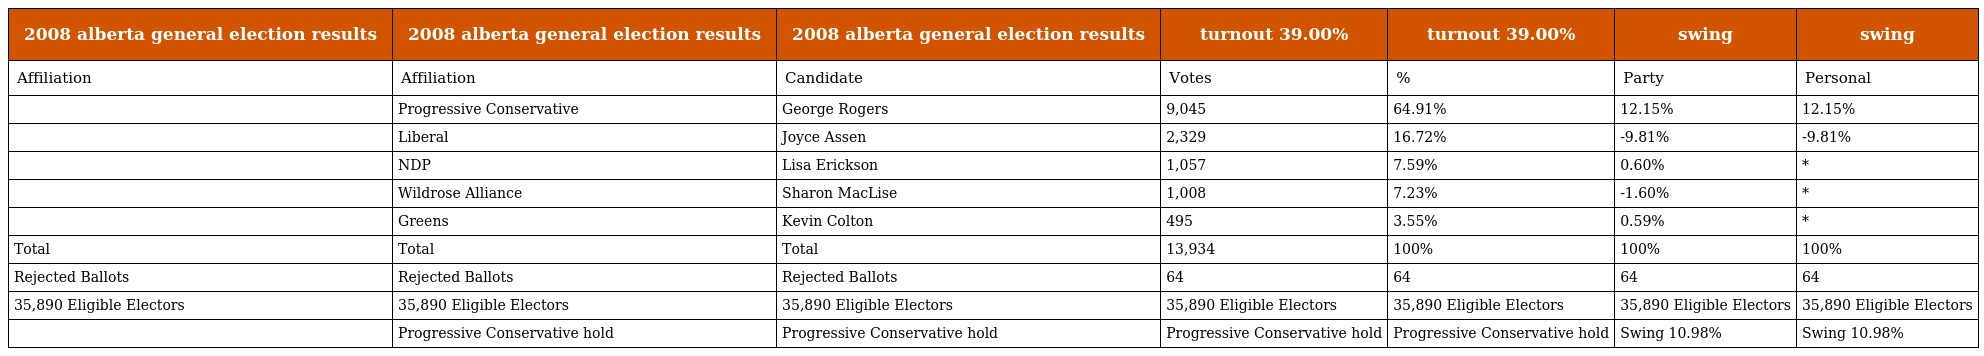
| 2008 alberta general election results | 2008 alberta general election results | 2008 alberta general election results | turnout 39.00% | turnout 39.00% | swing | swing |
 | --- | --- | --- | --- | --- | --- | --- |
 | Affiliation | Affiliation | Candidate | Votes | % | Party | Personal |
 |  | Progressive Conservative | George Rogers | 9,045 | 64.91% | 12.15% | 12.15% |
 |  | Liberal | Joyce Assen | 2,329 | 16.72% | -9.81% | -9.81% |
 |  | NDP | Lisa Erickson | 1,057 | 7.59% | 0.60% | * |
 |  | Wildrose Alliance | Sharon MacLise | 1,008 | 7.23% | -1.60% | * |
 |  | Greens | Kevin Colton | 495 | 3.55% | 0.59% | * |
 | Total | Total | Total | 13,934 | 100% | 100% | 100% |
 | Rejected Ballots | Rejected Ballots | Rejected Ballots | 64 | 64 | 64 | 64 |
 | 35,890 Eligible Electors | 35,890 Eligible Electors | 35,890 Eligible Electors | 35,890 Eligible Electors | 35,890 Eligible Electors | 35,890 Eligible Electors | 35,890 Eligible Electors |
 |  | Progressive Conservative hold | Progressive Conservative hold | Progressive Conservative hold | Progressive Conservative hold | Swing 10.98% | Swing 10.98% |